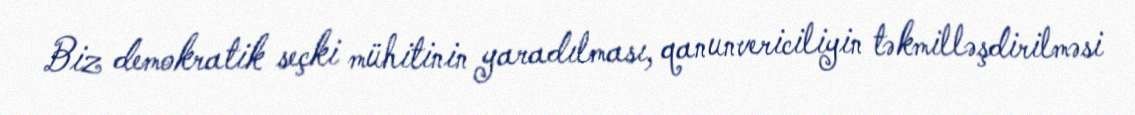
Biz demokratik seçki mühitinin yaradılması, qanunvericiliyin təkmilləşdirilməsi